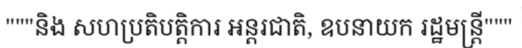
"""និង សហប្រតិបត្តិការ អន្តរជាតិ, ឧបនាយក រដ្ឋមន្ត្រី"""